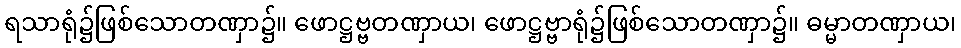
ရသာရုံ၌ဖြစ်သောတဏှာ၌။ ဖောဋ္ဌဗ္ဗတဏှာယ၊ ဖောဋ္ဌဗ္ဗာရုံ၌ဖြစ်သောတဏှာ၌။ ဓမ္မာတဏှာယ၊